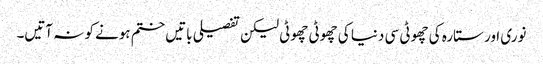
نوری اور ستارہ کی چھوٹی سی دنیا کی چھوٹی چھوٹی لیکن تفصیلی باتیں ختم ہونے کو نہ آتیں۔